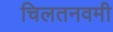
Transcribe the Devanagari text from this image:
चिलतनवमी